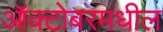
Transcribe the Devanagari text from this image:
ऑक्टोबरमधील